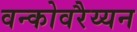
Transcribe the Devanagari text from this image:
वन्कोवरैय्यन